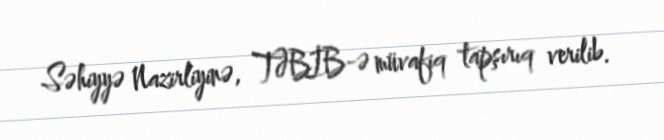
Səhiyyə Nazirliyinə, TƏBİB-ə müvafiq tapşırıq verilib.